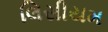
લિસીયમ